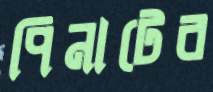
পিনাটের